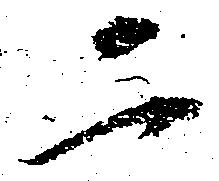
二